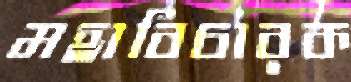
মহাবিচারক